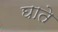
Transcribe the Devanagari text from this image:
घाते